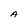
Character: A